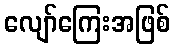
လျော်ကြေးအဖြစ်